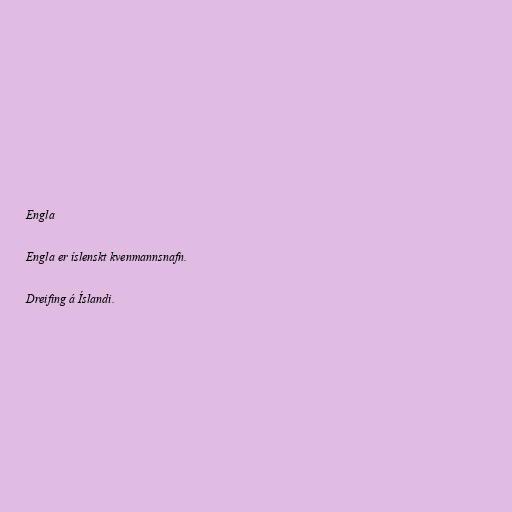
Engla

Engla er íslenskt kvenmannsnafn.

Dreifing á Íslandi.